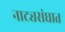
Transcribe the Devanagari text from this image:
नाट्यसंघात